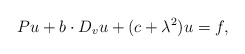
\begin{align*} P u + b \cdot D_{v} u + (c+\lambda^2) u = f,\end{align*}